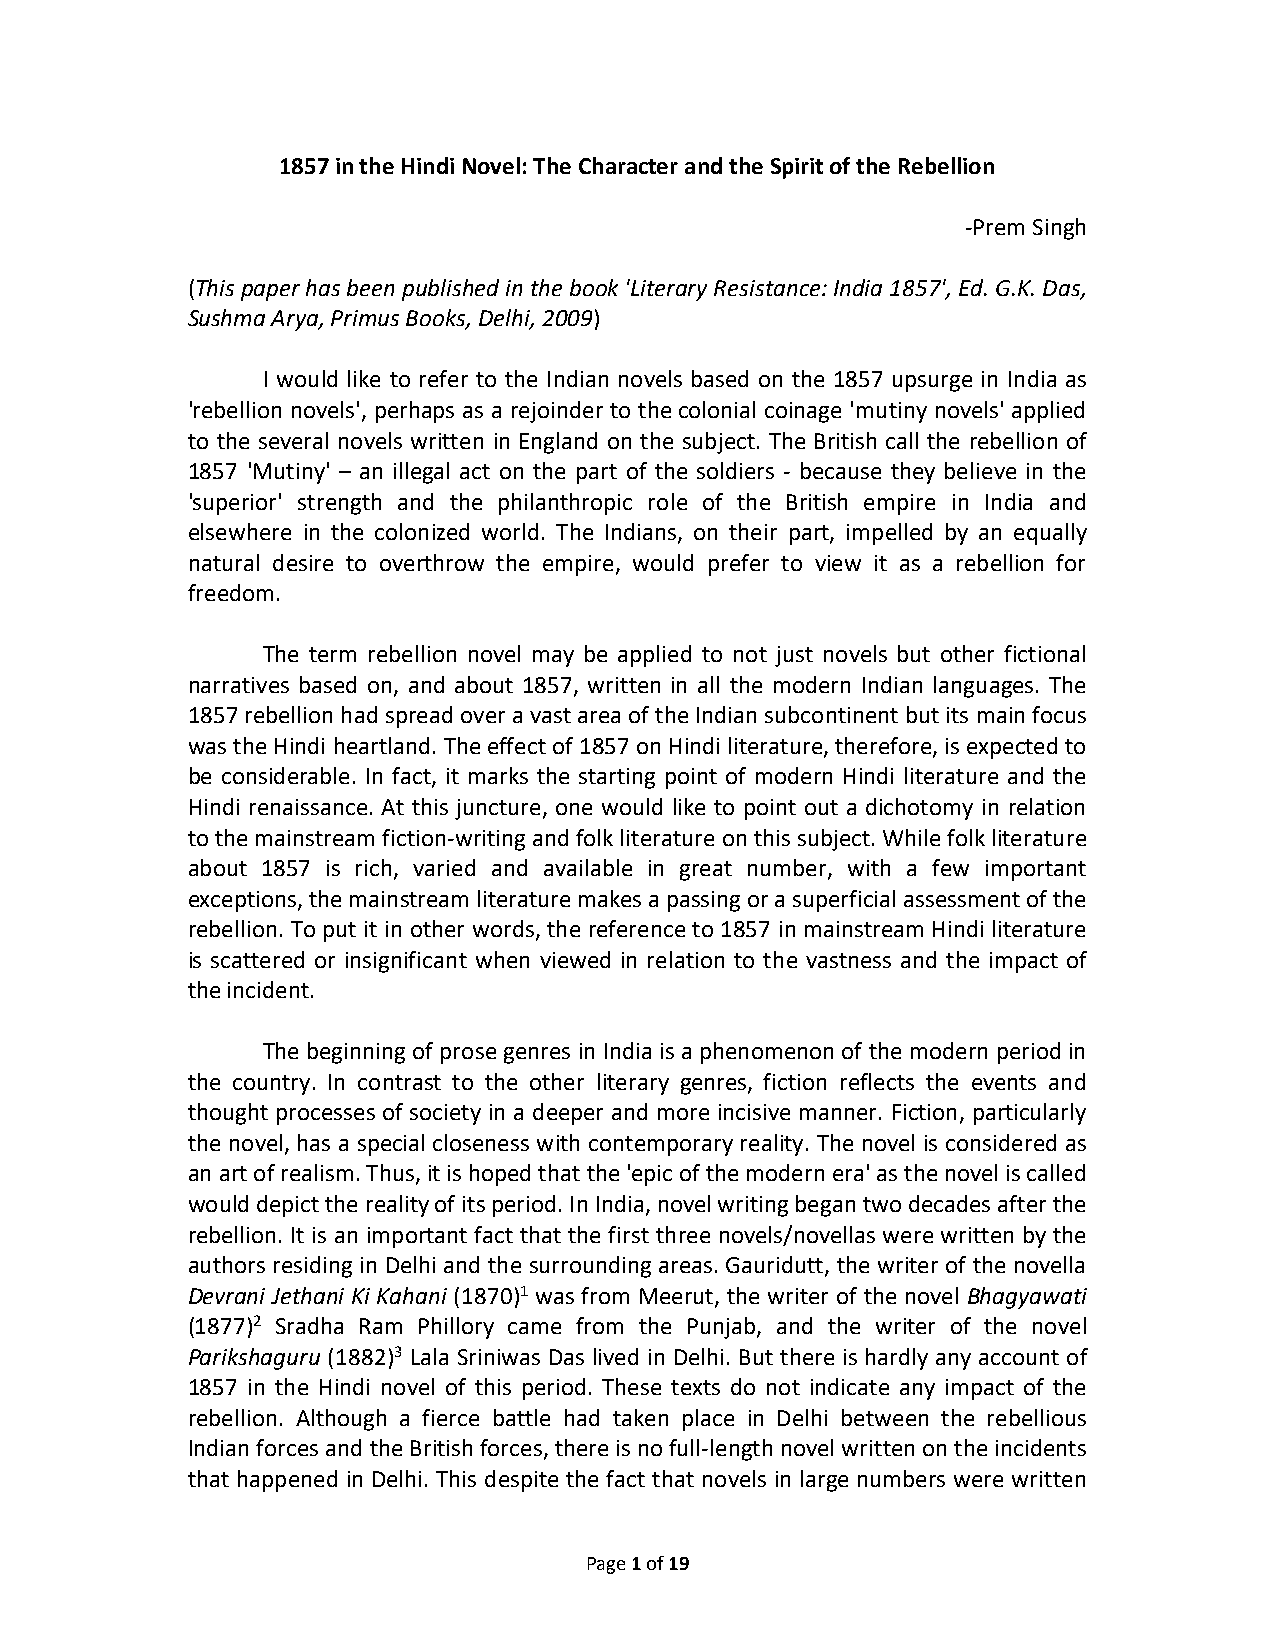
1857 in the Hindi Novel: The Character and the Spirit of the Rebellion
 -Prem Singh
 (This paper has been published in the book 'Literary Resistance: India 1857', Ed. G.K. Das,
 Sushma Arya, Primus Books, Delhi, 2009)
 I would like to refer to the Indian novels based on the 1857 upsurge in India as
 'rebellion novels', perhaps as a rejoinder to the colonial coinage 'mutiny novels' applied
 to the several novels written in England on the subject. The British call the rebellion of
 1857 'Mutiny' – an illegal act on the part of the soldiers - because they believe in the
 'superior' strength and the philanthropic role of the British empire in India and
 elsewhere in the colonized world. The Indians, on their part, impelled by an equally
 natural desire to overthrow the empire, would prefer to view it as a rebellion for
 freedom.
 The term rebellion novel may be applied to not just novels but other fictional
 narratives based on, and about 1857, written in all the modern Indian languages. The
 1857 rebellion had spread over a vast area of the Indian subcontinent but its main focus
 was the Hindi heartland. The effect of 1857 on Hindi literature, therefore, is expected to
 be considerable. In fact, it marks the starting point of modern Hindi literature and the
 Hindi renaissance. At this juncture, one would like to point out a dichotomy in relation
 to the mainstream fiction-writing and folk literature on this subject. While folk literature
 about 1857 is rich, varied and available in great number, with a few important
 exceptions, the mainstream literature makes a passing or a superficial assessment of the
 rebellion. To put it in other words, the reference to 1857 in mainstream Hindi literature
 is scattered or insignificant when viewed in relation to the vastness and the impact of
 the incident.
 The beginning of prose genres in India is a phenomenon of the modern period in
 the country. In contrast to the other literary genres, fiction reflects the events and
 thought processes of society in a deeper and more incisive manner. Fiction, particularly
 the novel, has a special closeness with contemporary reality. The novel is considered as
 an art of realism. Thus, it is hoped that the 'epic of the modern era' as the novel is called
 would depict the reality of its period. In India, novel writing began two decades after the
 rebellion. It is an important fact that the first three novels/novellas were written by the
 authors residing in Delhi and the surrounding areas. Gauridutt, the writer of the novella
 Devrani Jethani Ki Kahani (1870)1 was from Meerut, the writer of the novel Bhagyawati
 (1877)2 Sradha Ram Phillory came from the Punjab, and the writer of the novel
 Parikshaguru (1882)3 Lala Sriniwas Das lived in Delhi. But there is hardly any account of
 1857 in the Hindi novel of this period. These texts do not indicate any impact of the
 rebellion. Although a fierce battle had taken place in Delhi between the rebellious
 Indian forces and the British forces, there is no full-length novel written on the incidents
 that happened in Delhi. This despite the fact that novels in large numbers were written
 Page 1 of 19